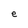
Character: e